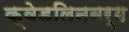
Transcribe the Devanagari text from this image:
क्वेडलिनबर्ग